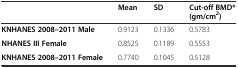
|  | Mean | SD | Cut-off BMD* (gm/cm2) |
 | --- | --- | --- | --- |
 | KNHANES 2008–2011 Male | 0.9123 | 0.1336 | 0.5783 |
 | NHANES III Female | 0.8525 | 0.1189 | 0.5553 |
 | KNHANES 2008–2011 Female | 0.7740 | 0.1045 | 0.5128 |